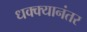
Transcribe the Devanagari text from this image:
धक्क्यानंतर